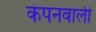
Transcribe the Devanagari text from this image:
कंपनवाली